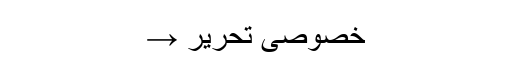
خصوصی تحریر →